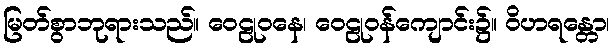
မြတ်စွာဘုရားသည်။ ဝေဠုဝနေ၊ ဝေဠုဝန်ကျောင်း၌။ ဝိဟရန္တော၊